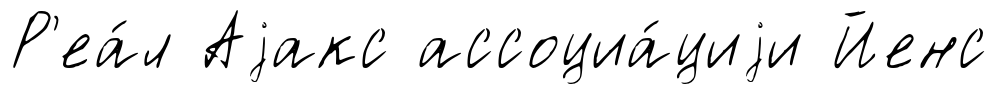
Р'еа́л Аjакс ассоциа́циjи Йенс